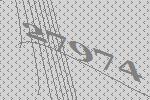
27974